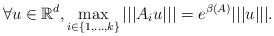
LaTeX: \begin{align*}\forall u \in \mathbb{R}^{d}, \max _{i \in\{1, \ldots, k\}}|||A_{i} u |||=e^{\beta(A)}|||u|||.\end{align*}